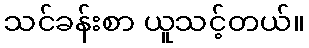
သင်ခန်းစာ ယူသင့်တယ်။